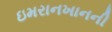
ઇમરાનખાનની